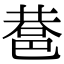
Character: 䢽